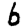
Digit: 6